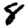
Digit: 8